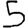
Digit: 5